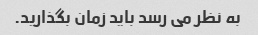
به نظر می رسد باید زمان بگذارید.